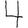
Digit: 4